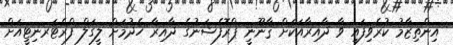
އިންތިޒާމު ކުރެވިފައި ވާ ދާއިރާއަކަށް ޤާނޫނީ ޕްރޮފެޝަނުގެ ދާއިރާ ހެދުމަށް ލީގަލް ފްރެޓަރނިޓީއަށް